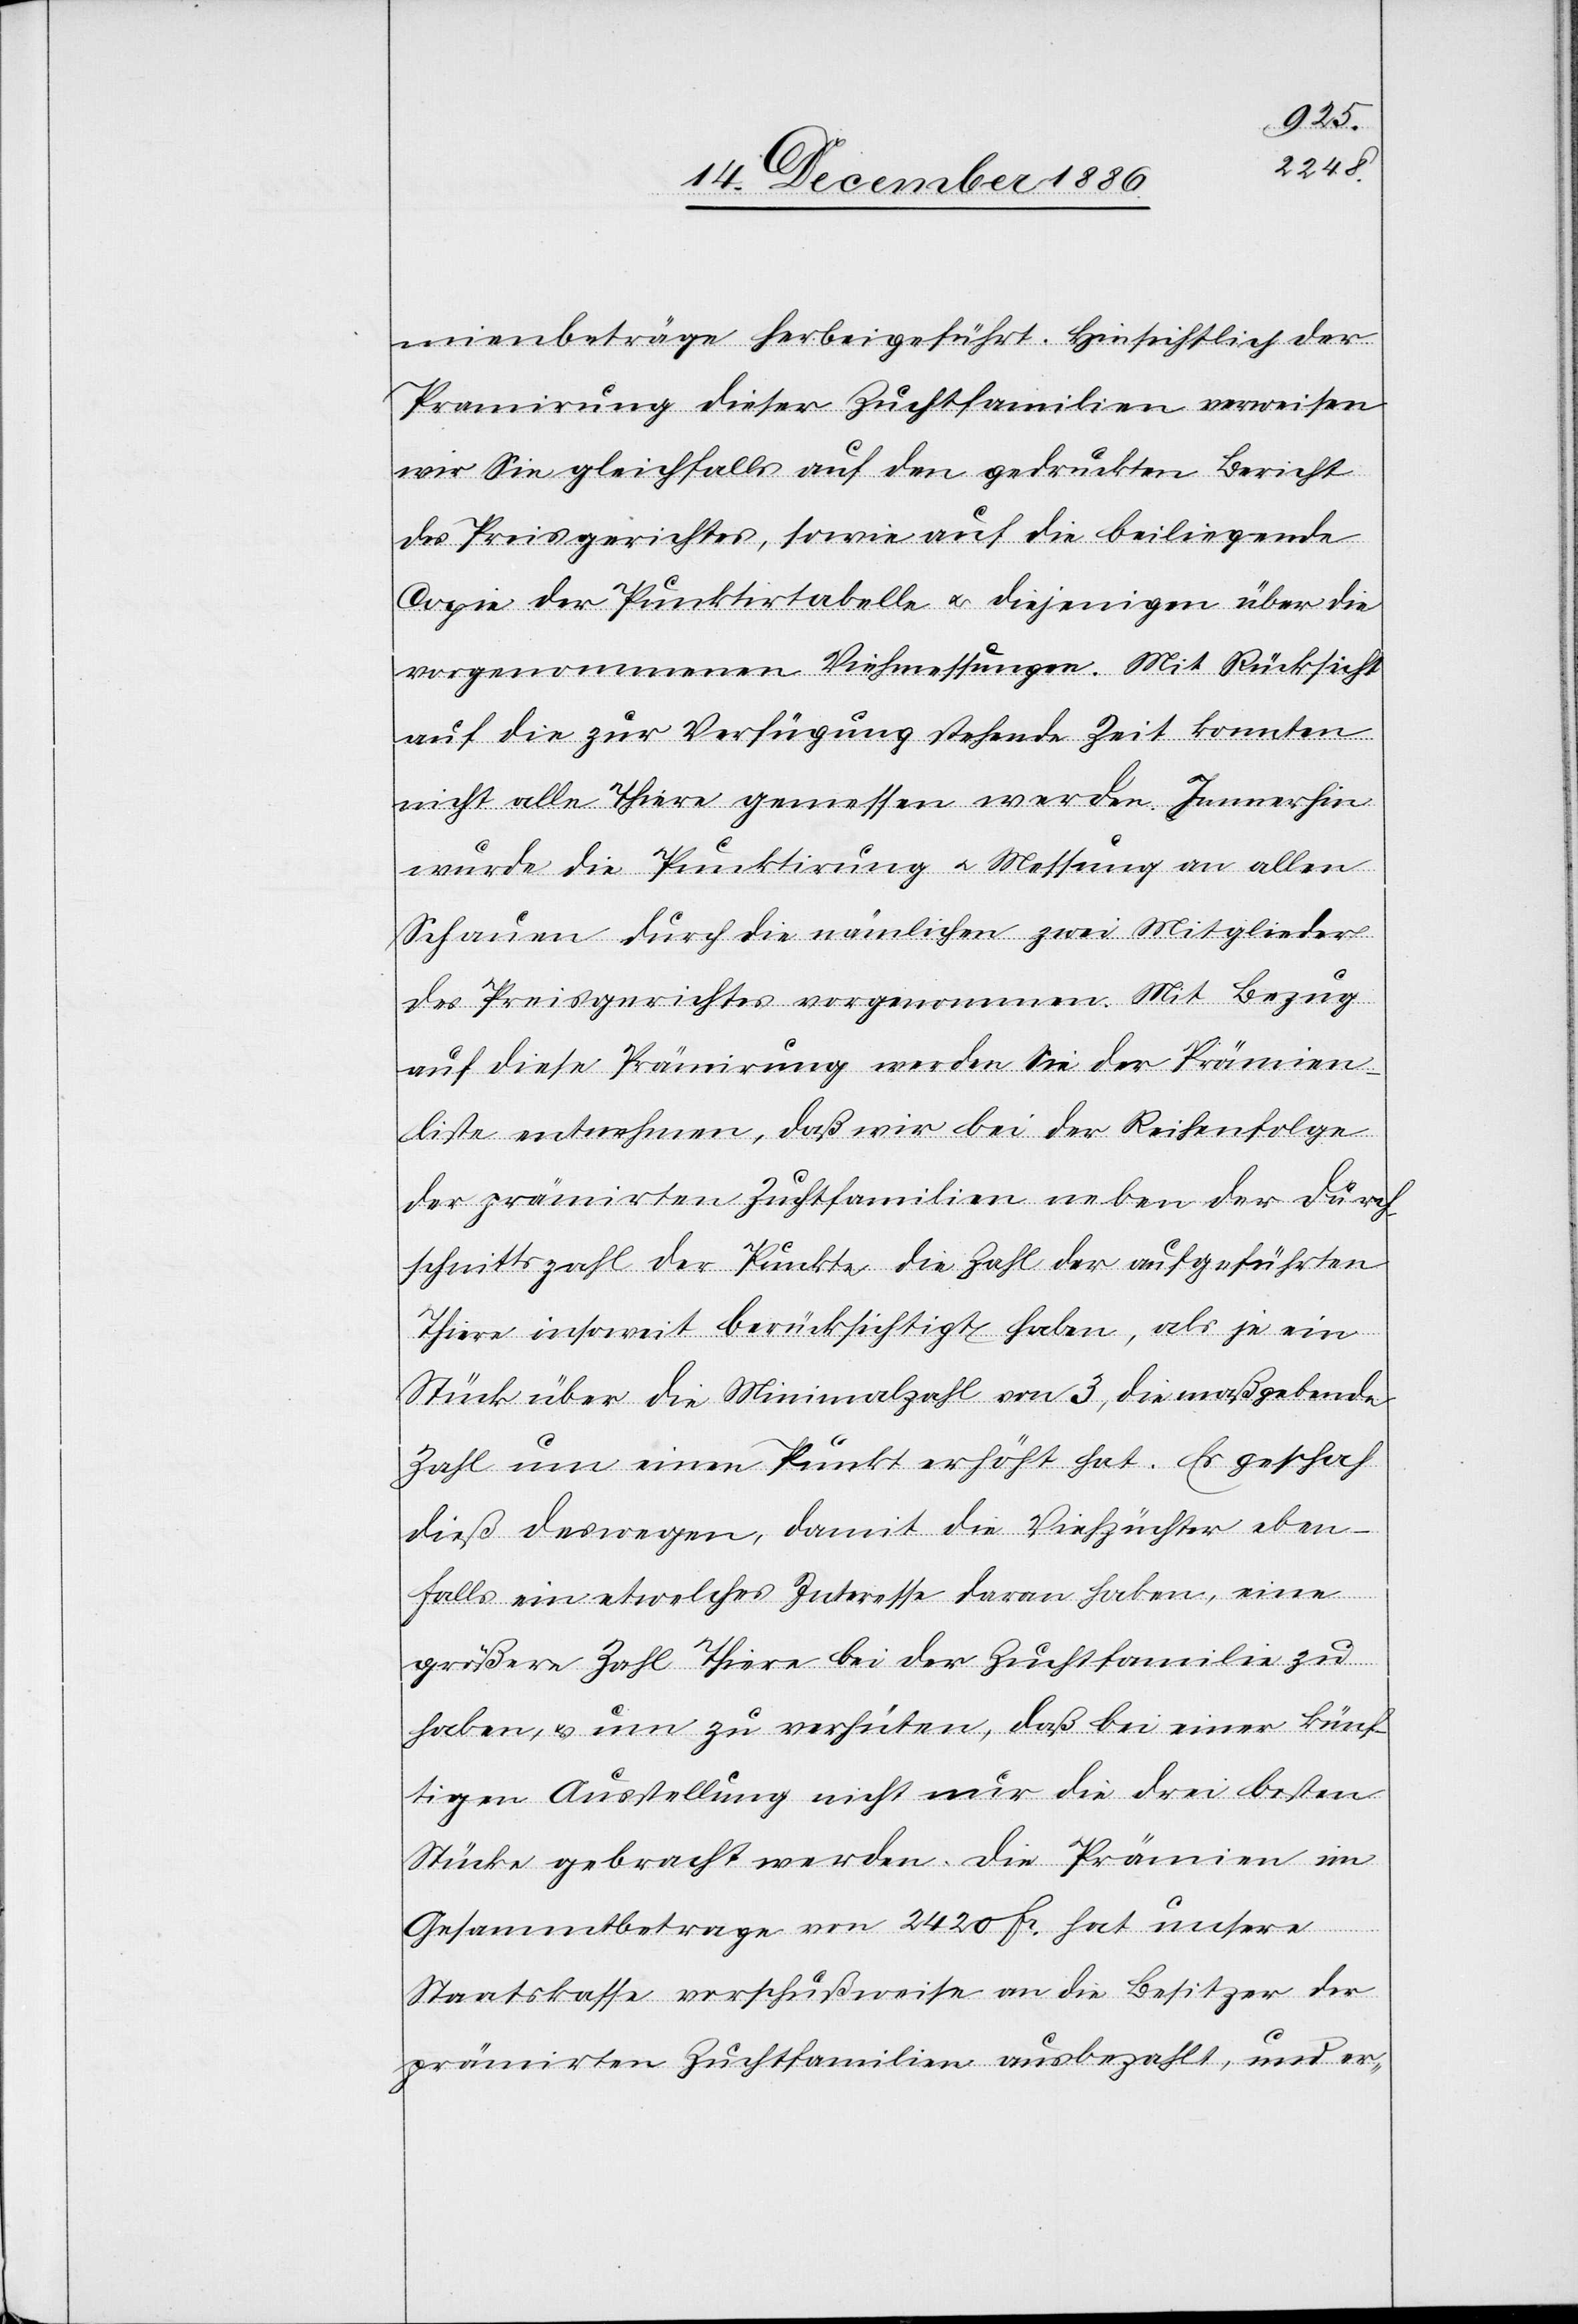
mienbeträge herbeigeführt. [sic!] Hinsichtlich der
Pramirung [sic!] dieser Zuchtfamilien verweisen
wir Sie gleichfalls auf den gedruckten Bericht
des Preisgerichtes, sowie auf die beiliegende
Copie der Punktirtabelle & diejenigen über die
vorgenommenen Viehmessungen. Mit Rücksicht
auf die zur Verfügung stehende Zeit konnten
nicht alle Thiere gemessen werden. Immerhin
wurde die Punktirung & Messung an allen
Schauen durch die nämlichen zwei Mitglieder
des Preisgerichtes vorgenommen. Mit Bezug
auf diese Prämirung werden sie der Prämien¬
liste entnehmen, daß wir bei der Reihenfolge
der prämirten Zuchtfamilien neben der Durch¬
schnittszahl der Punkte die Zahl der aufgeführten
Thiere insoweit berücksichtigt haben, als je ein
Stück über die Minimalzahl von 3, die maßgebende
Zahl um einen Punkt erhöht hat. Es geschah
dieß deswegen, damit die Viehzüchter eben¬
falls ein etwelches Interesse daran haben, eine
größere Zahl Thiere bei der Zuchtfamilie zu
haben, & um zu verhüten, daß bei einer künf¬
tigen Ausstellung nicht nur die drei besten
Stücke gebracht werden. Die Prämien im
Gesammtbetrage von 2420 Fr. hat unsere
Staatskasse vorschußweise an die Besitzer der
prämirten Zuchtfamilien ausbezahlt, und er-